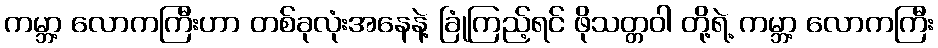
ကမ္ဘာ့ လောကကြီးဟာ တစ်ခုလုံးအနေနဲ့ ခြုံကြည့်ရင် ဖိုသတ္တဝါ တို့ရဲ့ ကမ္ဘာ့ လောကကြီး